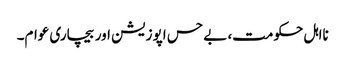
نااہل حکومت، بے حس اپوزیشن اور بیچاری عوام۔